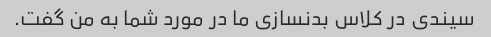
سیندی در کلاس بدنسازی ما در مورد شما به من گفت.